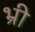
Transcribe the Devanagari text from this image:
भ्री